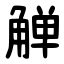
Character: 觯